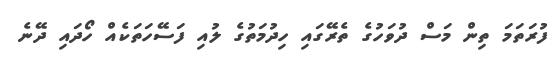
ފުރަތަމަ ތިން މަސް ދުވަހުގެ ތެރޭގައި ހިދުމަތުގެ ލުއި ފަސޭހަތަކެއް ހޯދައި ދޭނެ